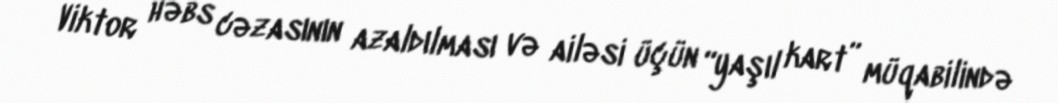
Viktor həbs cəzasının azaldılması və ailəsi üçün “yaşıl kart” müqabilində